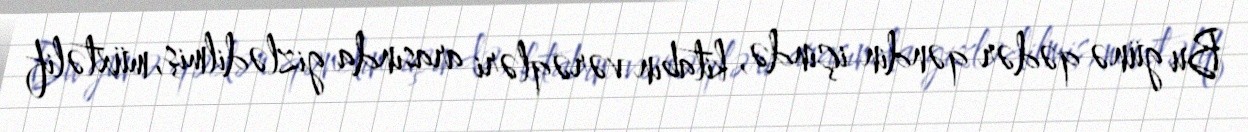
Bu günə qədər qəndin içində, kitabın vərəqləri arasında gizlədilmiş, müxtəlif